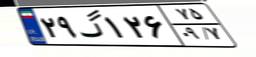
۲۹گ۱۲۶۷۵